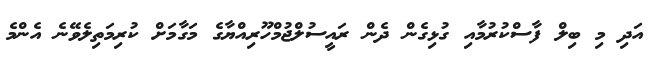
އަދި މި ބިލް ފާސްކުރުމާއި ގުޅިގެން ދެން ރައީސުލްޖުމްހޫރިއްޔާގެ މަގާމަށް ކުރިމަތިލެވޭނެ އެންމެ